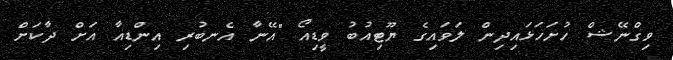
ވިގްނޭޝް ހުށަހަޅައިދިން ލަވައިގެ ޔޫޓިއުބު ވީޑިއޯ "އޭނާ އެނބުރި އިންޑިއާ އަށް ދާކަށް